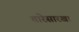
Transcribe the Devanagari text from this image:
तारेसारखा